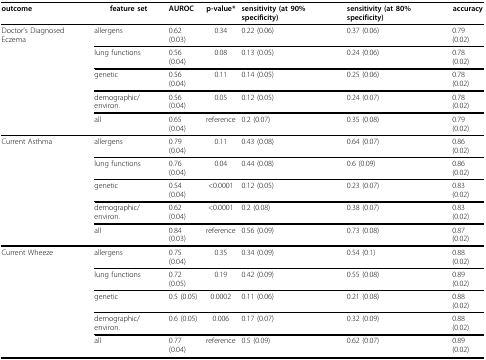
<table><thead><tr><td><b>outcome</b></td><td><b>feature set</b></td><td><b>AUROC</b></td><td><b>p-value*</b></td><td><b>sensitivity (at 90% specificity)</b></td><td><b>sensitivity (at 80% specificity)</b></td><td><b>accuracy</b></td></tr></thead><tbody><tr><td>Doctor&#x27;s Diagnosed Eczema</td><td>allergens</td><td>0.62 (0.03)</td><td>0.34</td><td>0.22 (0.06)</td><td>0.37 (0.06)</td><td>0.79 (0.02)</td></tr><tr><td></td><td>lung functions</td><td>0.56 (0.04)</td><td>0.08</td><td>0.13 (0.05)</td><td>0.24 (0.06)</td><td>0.78 (0.02)</td></tr><tr><td></td><td>genetic</td><td>0.56 (0.04)</td><td>0.11</td><td>0.14 (0.05)</td><td>0.25 (0.06)</td><td>0.78 (0.02)</td></tr><tr><td></td><td>demographic/environ.</td><td>0.56 (0.04)</td><td>0.05</td><td>0.12 (0.05)</td><td>0.24 (0.07)</td><td>0.78 (0.02)</td></tr><tr><td></td><td>all</td><td>0.65 (0.04)</td><td>reference</td><td>0.2 (0.07)</td><td>0.35 (0.08)</td><td>0.79 (0.02)</td></tr><tr><td>Current Asthma</td><td>allergens</td><td>0.79 (0.04)</td><td>0.11</td><td>0.43 (0.08)</td><td>0.64 (0.07)</td><td>0.86 (0.02)</td></tr><tr><td></td><td>lung functions</td><td>0.76 (0.04)</td><td>0.04</td><td>0.44 (0.08)</td><td>0.6 (0.09)</td><td>0.86 (0.02)</td></tr><tr><td></td><td>genetic</td><td>0.54 (0.04)</td><td>&lt;0.0001</td><td>0.12 (0.05)</td><td>0.23 (0.07)</td><td>0.83 (0.02)</td></tr><tr><td></td><td>demographic/environ.</td><td>0.62 (0.04)</td><td>&lt;0.0001</td><td>0.2 (0.08)</td><td>0.38 (0.07)</td><td>0.83 (0.02)</td></tr><tr><td></td><td>all</td><td>0.84 (0.03)</td><td>reference</td><td>0.56 (0.09)</td><td>0.73 (0.08)</td><td>0.87 (0.02)</td></tr><tr><td>Current Wheeze</td><td>allergens</td><td>0.75 (0.04)</td><td>0.35</td><td>0.34 (0.09)</td><td>0.54 (0.1)</td><td>0.88 (0.02)</td></tr><tr><td></td><td>lung functions</td><td>0.72 (0.05)</td><td>0.19</td><td>0.42 (0.09)</td><td>0.55 (0.08)</td><td>0.89 (0.02)</td></tr><tr><td></td><td>genetic</td><td>0.5 (0.05)</td><td>0.0002</td><td>0.11 (0.06)</td><td>0.21 (0.08)</td><td>0.88 (0.02)</td></tr><tr><td></td><td>demographic/environ.</td><td>0.6 (0.05)</td><td>0.006</td><td>0.17 (0.07)</td><td>0.32 (0.09)</td><td>0.88 (0.02)</td></tr><tr><td></td><td>all</td><td>0.77 (0.04)</td><td>reference</td><td>0.5 (0.09)</td><td>0.62 (0.07)</td><td>0.89 (0.02)</td></tr></tbody></table>